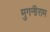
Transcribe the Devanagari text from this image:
मुगनीराम